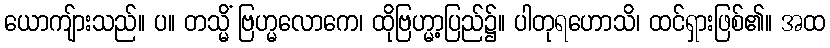
ယောကျ်ားသည်။ ပ။ တသ္မိံ ဗြဟ္မလောကေ၊ ထိုဗြဟ္မာ့ပြည်၌။ ပါတုရဟောသိ၊ ထင်ရှားဖြစ်၏။ အထ